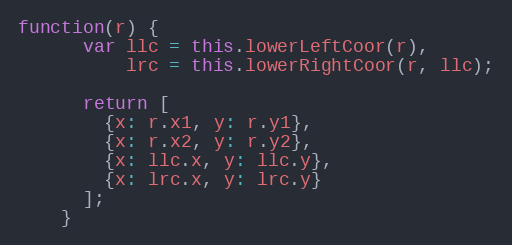
Language: JavaScript
function(r) {
      var llc = this.lowerLeftCoor(r),
          lrc = this.lowerRightCoor(r, llc);

      return [
        {x: r.x1, y: r.y1},
        {x: r.x2, y: r.y2},
        {x: llc.x, y: llc.y},
        {x: lrc.x, y: lrc.y}
      ];
    }